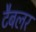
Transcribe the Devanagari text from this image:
टैबलर